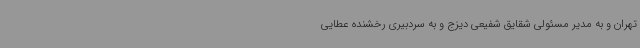
تهران و به مدیر مسئولی شقایق شفیعی دیزج و به سردبیری رخشنده عطایی